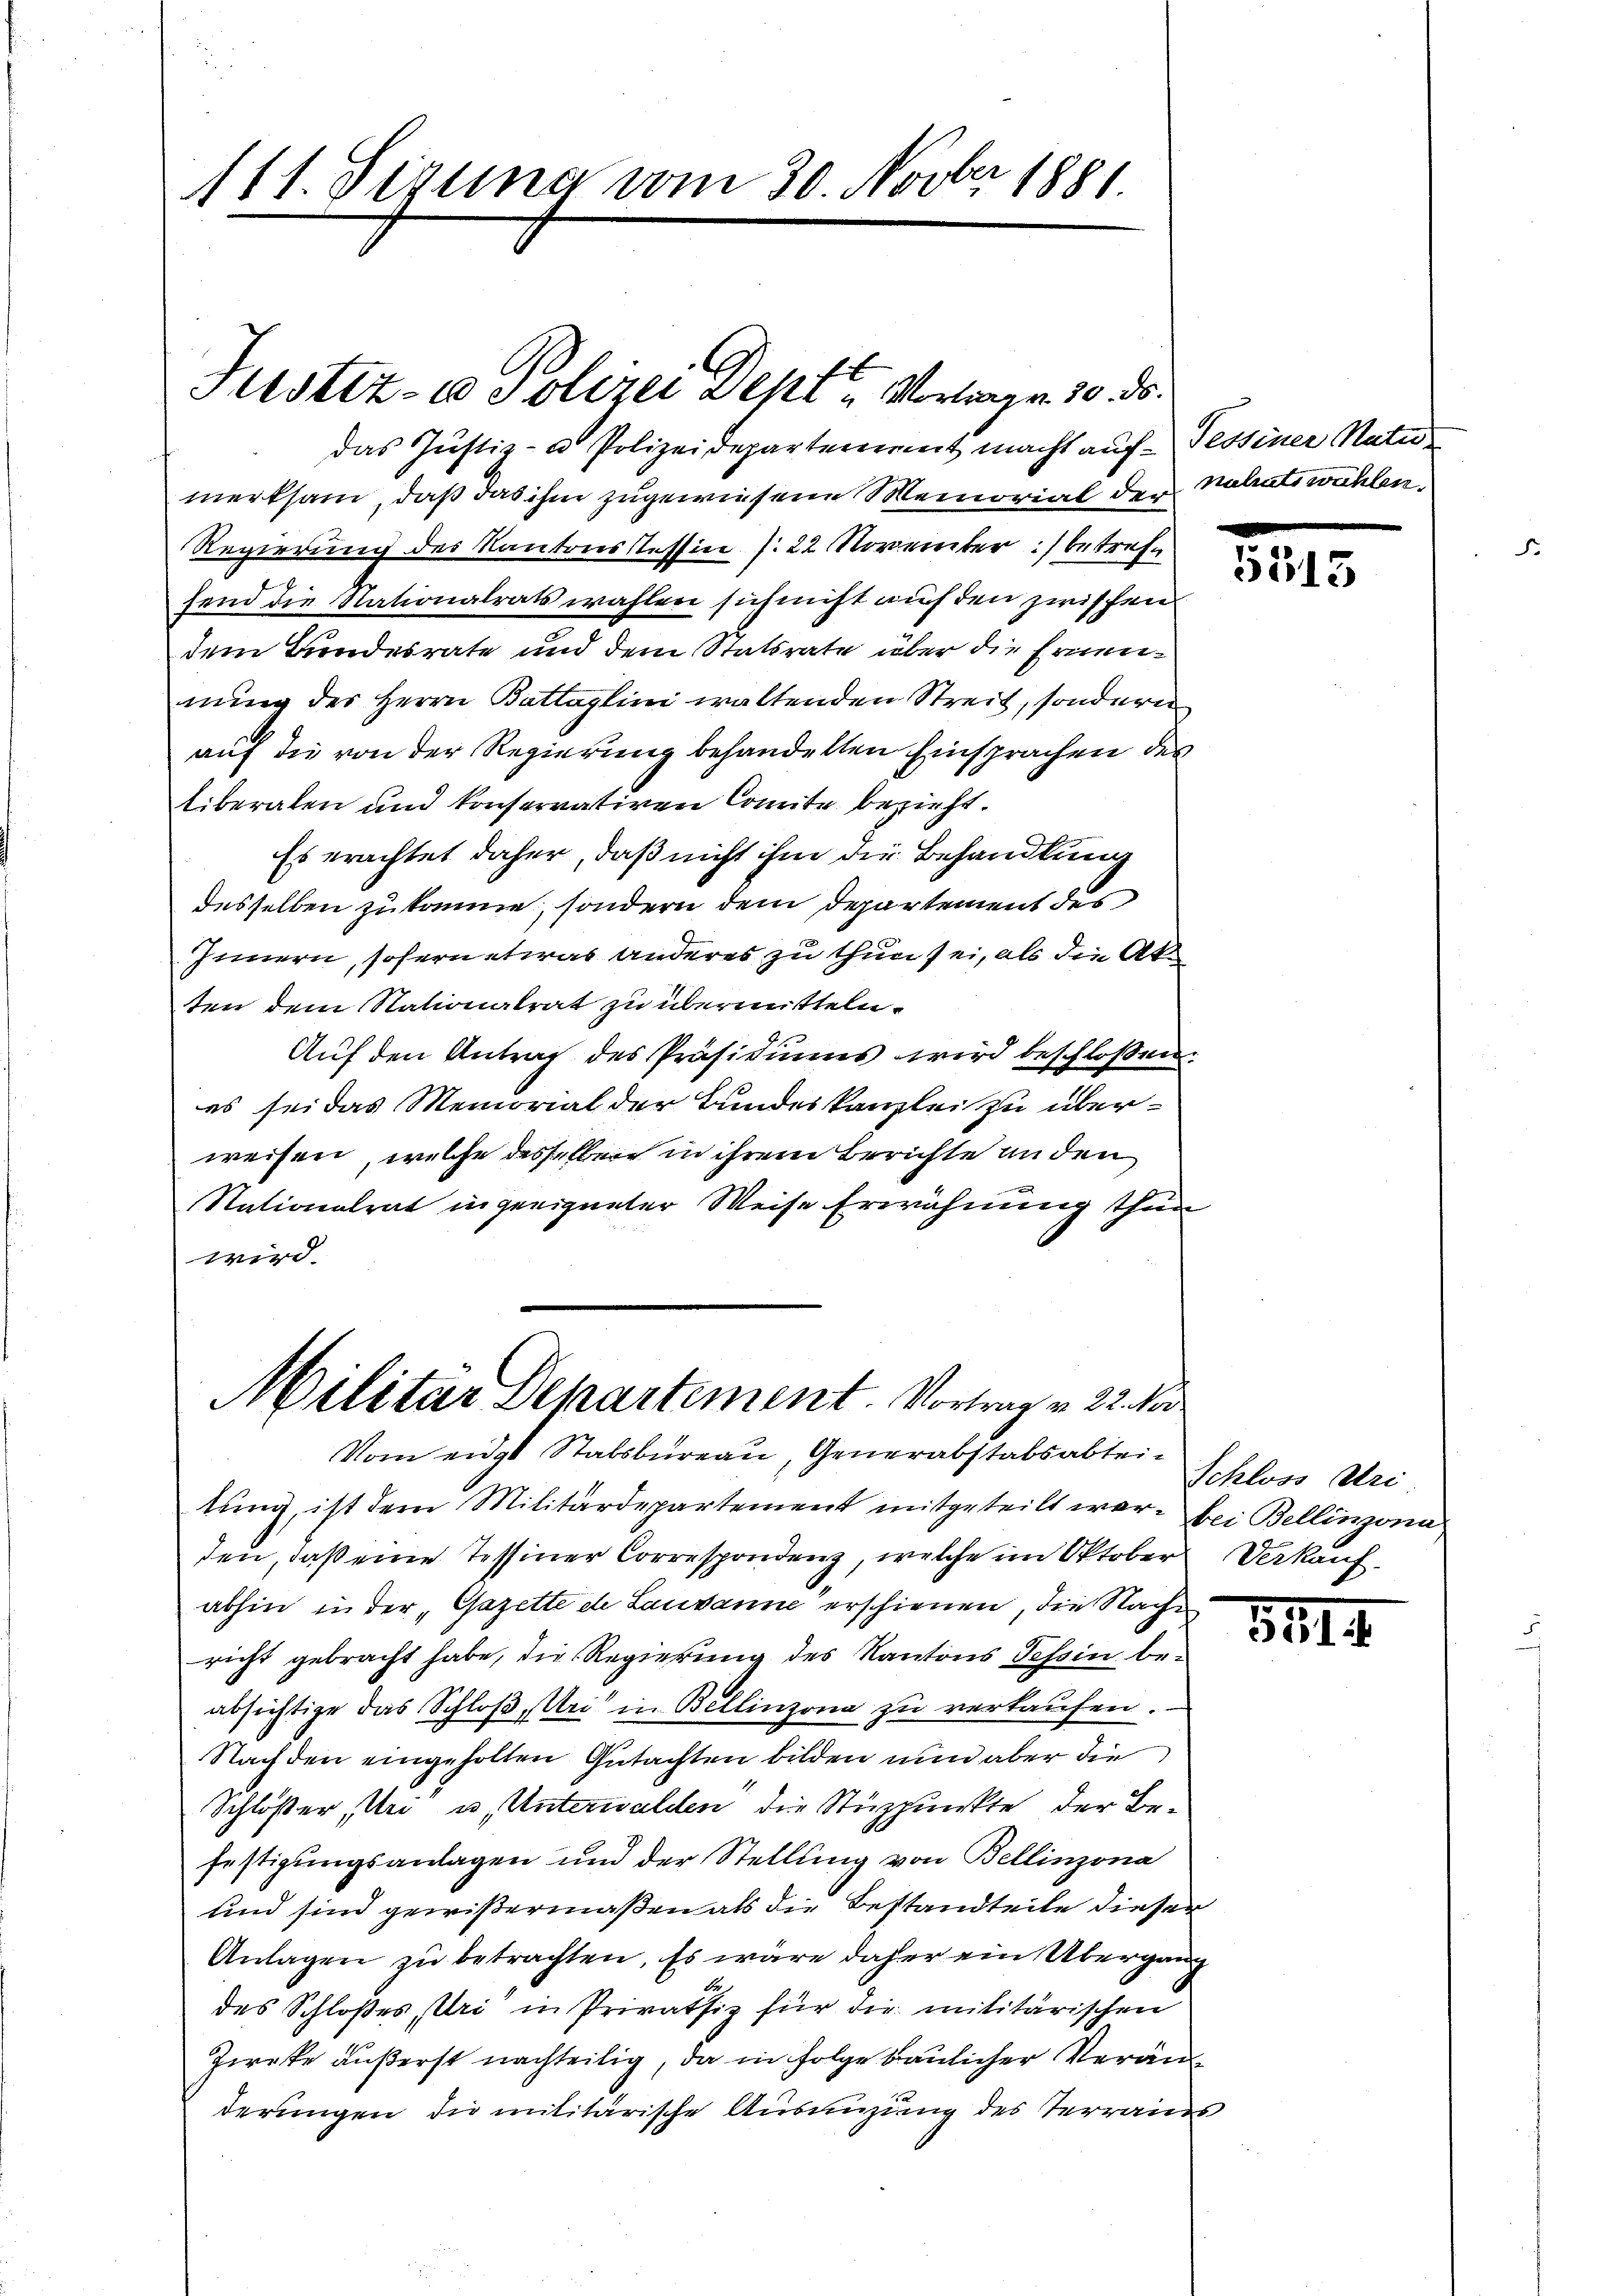
das Justiz- u Polizeidepartenereit macht auf Tessiner Natur
merksam, daß das ihm zugewiesene Memorial der Natratswühlen,
Regierung des Kantonsstessin /22 November :/ betrefsend die Stationalrats wahlen sich nicht auf den zwischen
dem Bundesrate und dem Statsrate über die Ernennung des Herrn Battaglini waltenden Streit, sondern
auf die von der Regierung behandelten Einsprachen des
liberalen und konservativen Comite bezieht.
Es erachtet daher, daß nicht ihm die Behandlung
desselben zukomme, sondern dem Departement des
Innern, sofern etwas anderes zu thun sei, als die Akten dem Nationalrat zu übermitteln.
Auf den Antrag des Präsidiums wird beschlossen.
es sei das Memorial der Bundeskanzlei zu überweisen, welche desselben in ihrem Berichte an den
Nationalrat in geeigneter Weise Erwähnung thun
wird

111. Jezuna vom 30. Novber 1881.

Justiz- u Polizei Dept. u Vortragen 20. ds.

Militar Departement. Vortrag v. 22. No.

tung, ist dem Militärdepartement mitgeteilt war. bei Bellinzona
den, daß eine Tessiner Correspondenz, welche im Oktobers Verkaufabhin in der „Gazette de Lausanne erschienen, die Nachen
richt gebracht habe, die Regierung des Kantons Tessin beabsichtige das Schloß, Uri in Bellinzona zu verkaufen.
Nachden eingeholten Gutachten bilden nun aber die
Schlößer, Uri u. Unterwalden die Stuzpunkte der Befestigungsanlagen und der Stellung von Bellinzona
und sind gewißermaßen als die Bestandteile dieser
Anlagen zu betrachten. Es wäre daher ein Übergang
d
des Schloßes, Uri in Privatsiz für die militärischen
Zieke äußerst nachteilig, da in Folge baulicher Veränderungen die militärische Ausnüzung des Terrains,

Vom eidgt Stabsbureau, Generabstabsabtei¬

2

Schloss Uri

5194